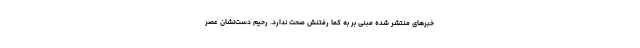
خبرهای منتشر شده مبنی بر به کما رفتنش صحت ندارد. رحیم دست‌نشان عصر